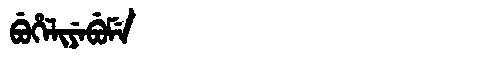
Manchu: ᠪᡠᡥᡝᠯᡳᠶᡝᠪᡠᠮᡝ
Romanization: BUHELIYEBUME